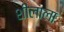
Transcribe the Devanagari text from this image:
शीलाला